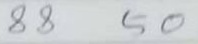
88 50